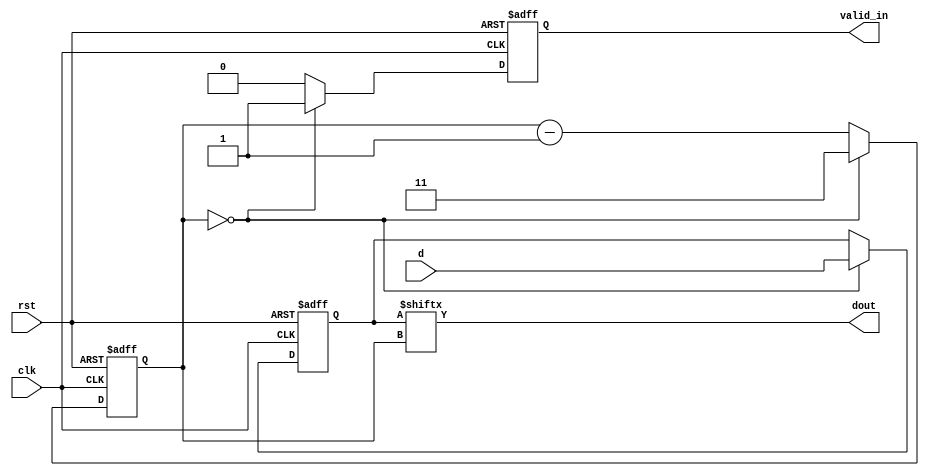
`timescale 1ns/1ns
module huawei5(
	input wire clk  ,
	input wire rst  ,
	input wire [3:0]d ,
	output wire valid_in ,
	output wire dout
	);

//*************code***********//
reg[1:0] cnt;
reg valid;
always @(posedge clk or negedge rst) begin
    if(!rst) begin
        cnt <= 3;
        valid <= 0;
    end
    else if(cnt == 0) begin 
        cnt <= 3;
        valid <= 1;
    end
    else begin 
        cnt <= cnt - 1;
        valid <= 0;
    end
end

reg[3:0] d_r;
always @(posedge clk or negedge rst) begin
    if(!rst) d_r <= 0;
    else if(cnt==0) d_r <= d;
end

assign dout = d_r[cnt];
assign valid_in = valid;

//*************code***********//

endmodule